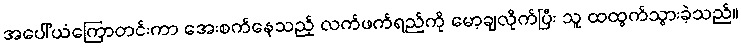
အပေါ်ယံကြောတင်းကာ အေးစက်နေသည့် လက်ဖက်ရည်ကို မော့ချလိုက်ပြီး သူ ထထွက်သွားခဲ့သည်။